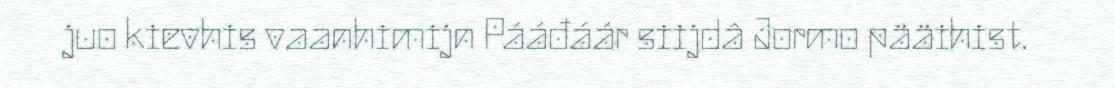
juo kievhis vaanhimijn Pááđáár siijdâ Jormo pääihist.